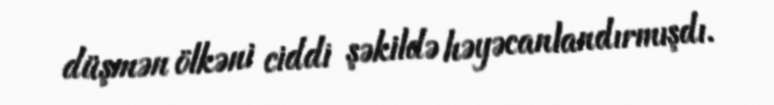
düşmən ölkəni ciddi şəkildə həyəcanlandırmışdı.